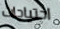
احتياجات